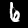
Digit: 6